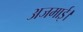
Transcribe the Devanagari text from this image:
अजमाई।